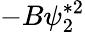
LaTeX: -B\psi_{2}^{*2}